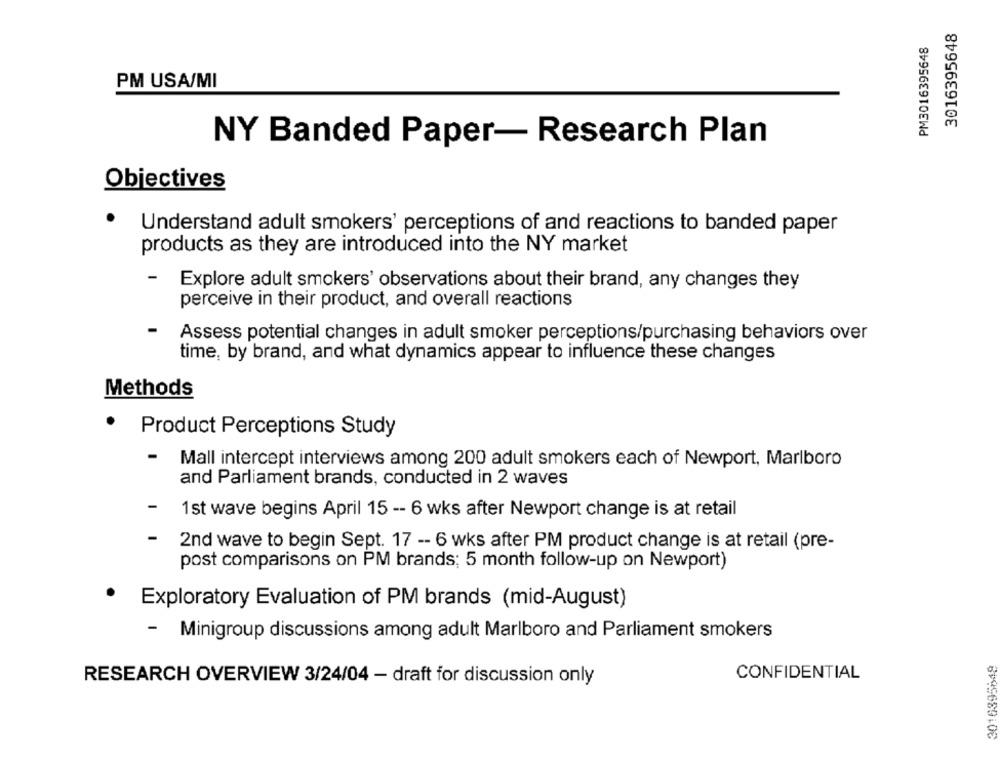
3016395648
PM3016395648
PM USA/MI
NY Banded Paper- Research Plan
Objectives
Understand adult smokers' perceptions of and reactions to banded paper
products as they are introduced into the NY market
-
Explore adult smokers' observations about their brand, any changes they
perceive in their product, and overall reactions
Assess potential changes in adult smoker perceptions/purchasing behaviors over
time, by brand, and what dynamics appear to influence these changes
Methods
Product Perceptions Study
-
Mall intercept interviews among 200 adult smokers each of Newport, Marlboro
and Parliament brands, conducted in 2 waves
-
1st wave begins April 15 -- 6 wks after Newport change is at retail
2nd wave to begin Sept. 17 -- 6 wks after PM product change is at retail (pre-
post comparisons on PM brands; 5 month follow-up on Newport)
.
Exploratory Evaluation of PM brands (mid-August)
- Minigroup discussions among adult Marlboro and Parliament smokers
3016395849
CONFIDENTIAL
RESEARCH OVERVIEW 3/24/04 - draft for discussion only